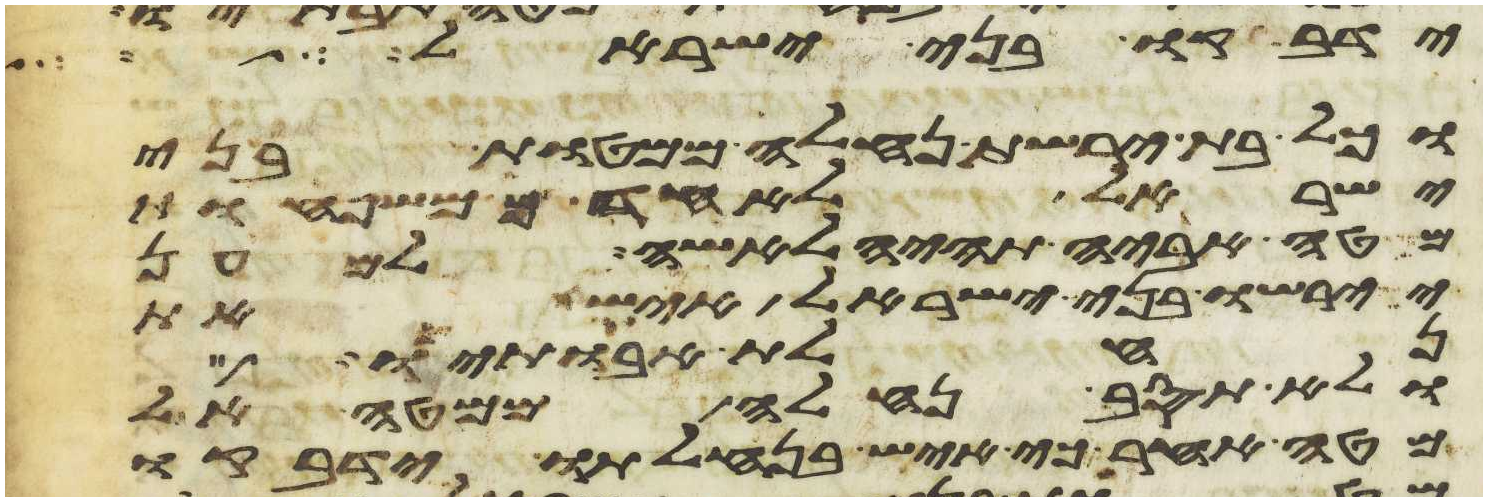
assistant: ידבקו בני ישראל
וכל בת ירשת נחלה ממטות בני
ישראל לאחד ממשפחת
מטה אביה תהיה לאשה למען
יירשו בני ישראל איש את
נחלת אבתיו
ולא תסב נחלה ממטה אל
מטה אחר כי איש בנחלתו ידבקו